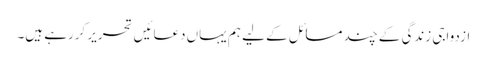
ازدواجی زندگی کے چند مسائل کے لیے ہم یہاں دعائیں تحریر کررہے ہیں۔